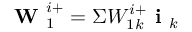
\textbf { W } _ { 1 } ^ { i + } = \Sigma W _ { 1 k } ^ { i + } \textbf { i } _ { k }